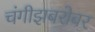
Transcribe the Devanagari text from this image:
चंगीझबरोबर